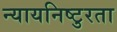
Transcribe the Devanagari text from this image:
न्यायनिष्टुरता